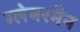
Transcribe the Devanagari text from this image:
ग्लेबरमैन